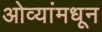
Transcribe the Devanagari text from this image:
ओव्यांमधून